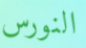
النورس